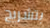
بتشريح